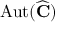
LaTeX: \operatorname { A u t } ( { \widehat { \mathbf { C } } } )